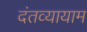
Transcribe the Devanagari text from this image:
दंतव्यायाम